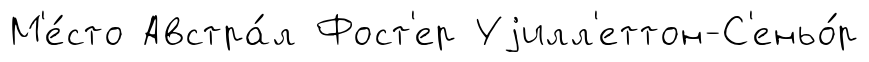
М'е́сто Австра́л Фост'ер Уjилл'еттон-С'еньо́р